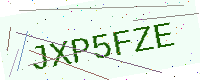
Text: JXP5FZE